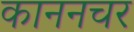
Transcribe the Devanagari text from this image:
काननचर